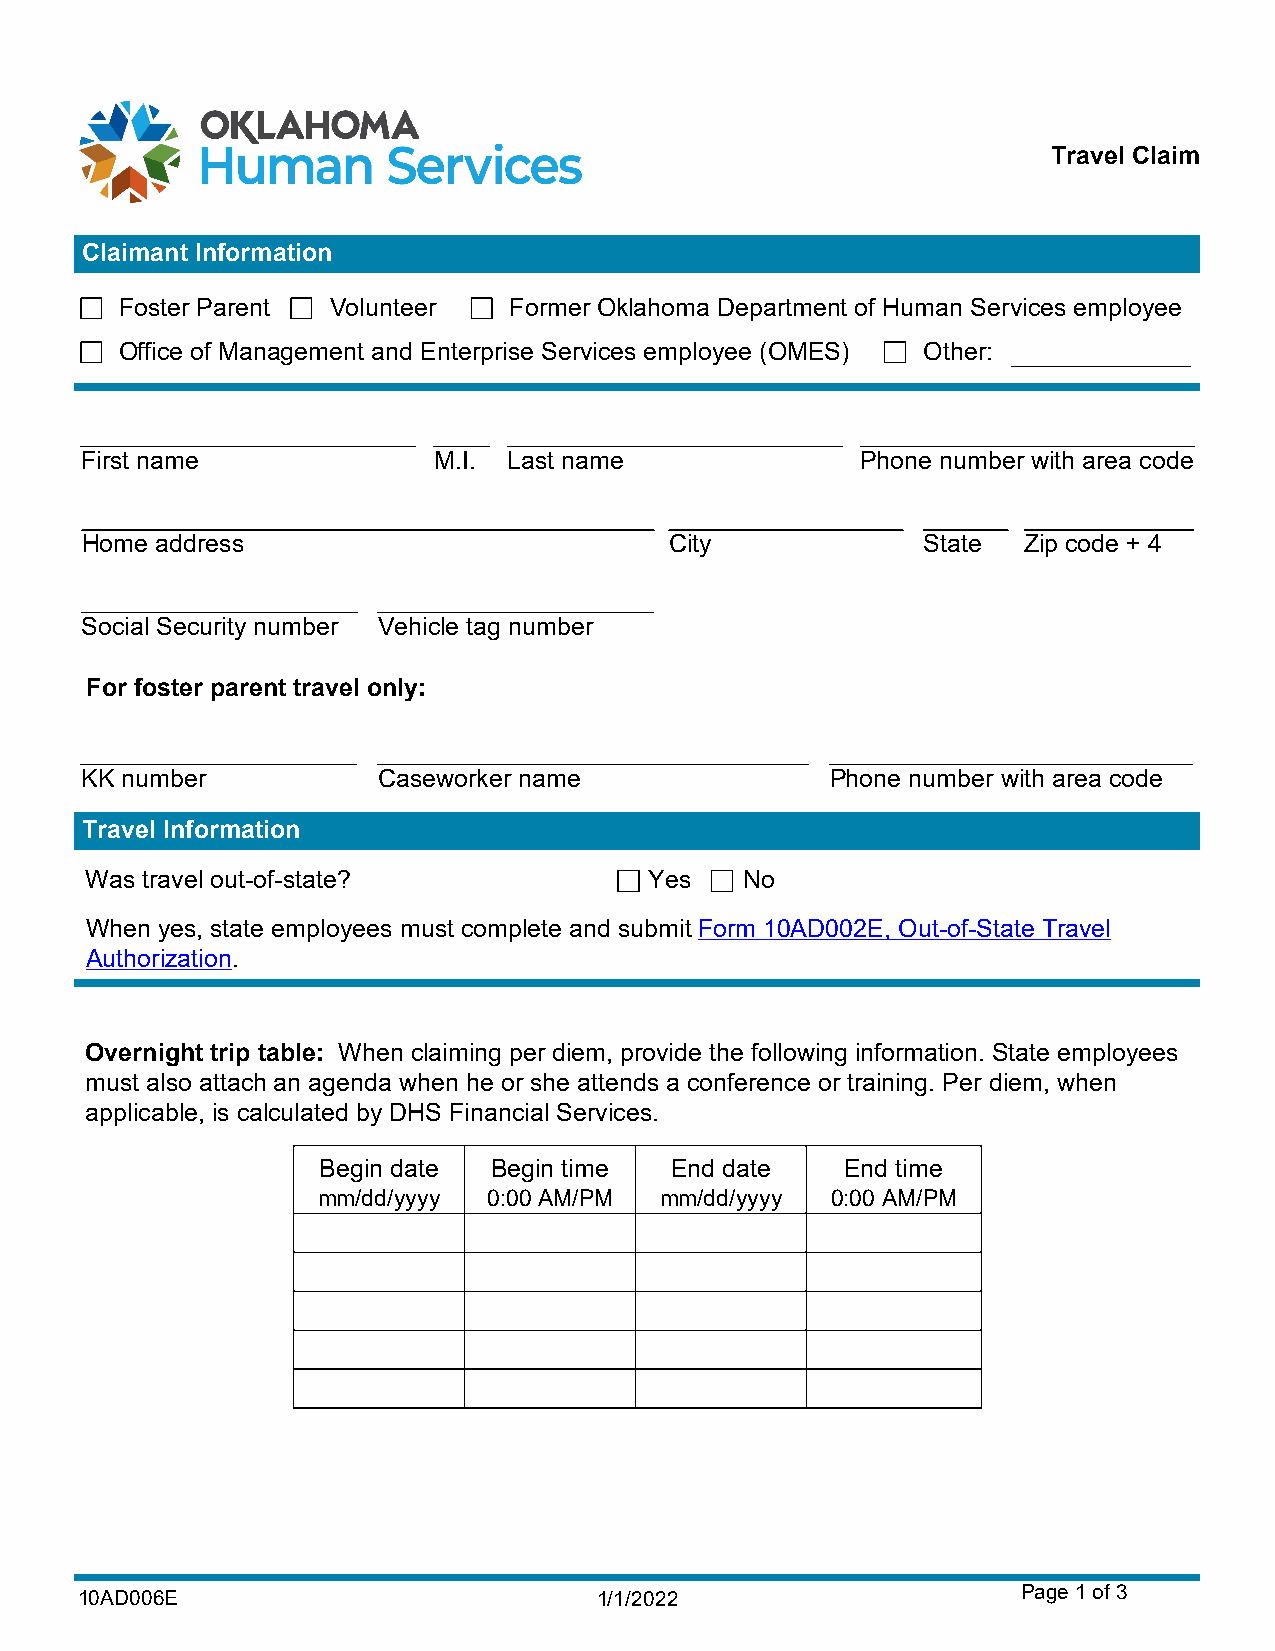
Travel Claim
 Claimant Information
 Foster Parent Volunteer   Former Oklahoma Department of Human Services employee
 Office of Management and Enterprise Services employee (OMES) Other:
 First name              M.I. Last name              Phone number with area code
 Home address                           City             State  Zip code + 4
 Social Security number Vehicle tag number
 For foster parent travel only:
 KK number           Caseworker name               Phone number with area code
 Travel Information
 Was travel out-of-state?             Yes   No
 When yes, state employees must complete and submit Form 10AD002E, Out-of-State Travel
 Authorization.
 Overnight trip table: When claiming per diem, provide the following information. State employees
 must also attach an agenda when he or she attends a conference or training. Per diem, when
 applicable, is calculated by DHS Financial Services.
 Begin date  Begin time End date    End time
 mm/dd/yyyy 0:00 AM/PM  mm/dd/yyyy 0:00 AM/PM
 10AD006E                           1/1/2022                    Page 1 of 3